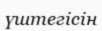
үштегісін